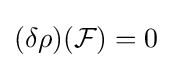
(\delta \rho )({\mathcal {F}})=0